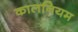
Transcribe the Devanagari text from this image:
कालनियम